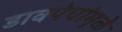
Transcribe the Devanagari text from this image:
डावपेचांमुळे